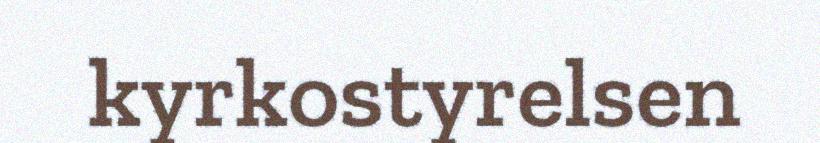
kyrkostyrelsen